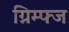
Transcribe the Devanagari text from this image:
ग्निम्फ्ज